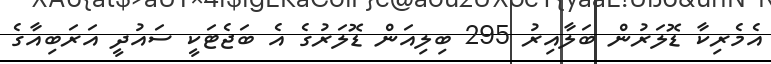
އެމެރިކާ ޑޮލަރުން ބަލާއިރު 295 ބިލިއަން ޑޮލަރުގެ އެ ބަޖެޓަކީ ސައުދީ އަރަބިއާގެ